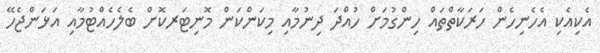
އެކިއެކި އެހެނިހެން ހަރަކާތްތައް ހިންގުމަށް ހުއްދަ ދިނުމާއި މިކަންކަން މޮނިޓަރކޮށް ބެލެހެއްޓުމާއި އަޅަންޖެހޭ